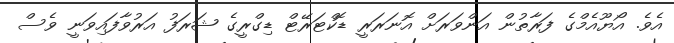
އެވެ. އޯޔޫއެމްގެ ފަރާތުން އަންވަރަށް އޮނަރަރީ ޑޮކްޓަރޭޓް ޑިގްރީގެ ޝަރަފު އަރުވާފައިވަނީ ވެސް